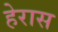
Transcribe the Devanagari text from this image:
हेरास